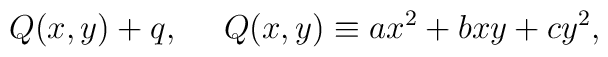
Q(x,y)+q, \ \ \ \  Q(x,y)  \equiv ax^2+bxy+cy^2,